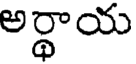
అర్థాయ